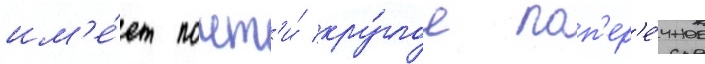
им'е́ет почт'и́ кру́глое поп'ер'е́чное